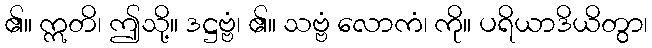
၏။ ဣတိ၊ ဤသို့။ ဒဋ္ဌဗ္ဗံ၊ ၏။ သဗ္ဗံ လောကံ၊ ကို။ ပရိယာဒိယိတွာ၊